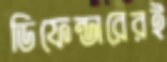
ডিফেন্ডারেরই